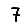
Digit: 7